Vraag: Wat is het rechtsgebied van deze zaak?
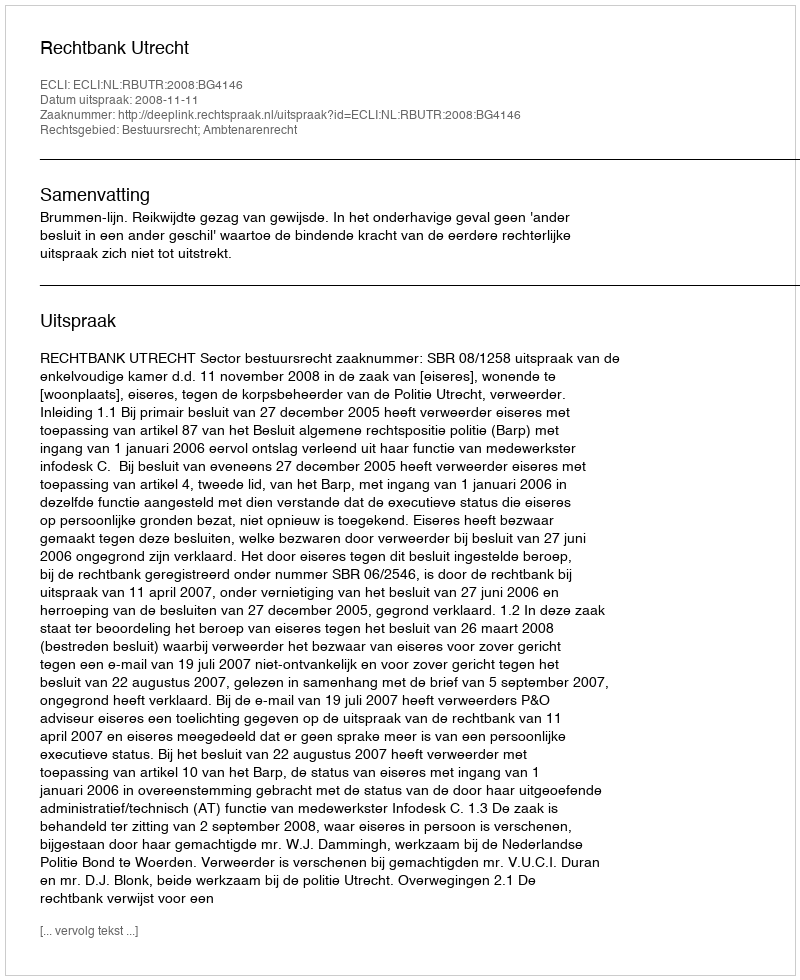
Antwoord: Bestuursrecht; Ambtenarenrecht